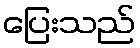
ပြေးသည်